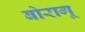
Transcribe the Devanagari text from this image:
बोरागू